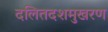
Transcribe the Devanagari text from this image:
दलितदशमुखरण